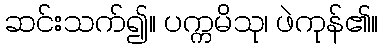
ဆင်းသက်၍။ ပက္ကမိသု၊ ဖဲကုန်၏။